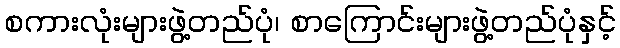
စကားလုံးများဖွဲ့တည်ပုံ၊ စာကြောင်းများဖွဲ့တည်ပုံနှင့်